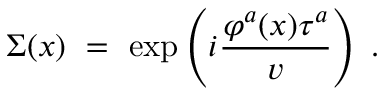
\Sigma ( x ) ~ = ~ \exp \left( i \frac { \varphi ^ { a } ( x ) \tau ^ { a } } { v } \right) \; .